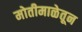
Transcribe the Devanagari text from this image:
मोतीमाळेतून